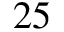
2 5